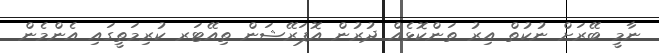
ނާމީ ބޭރަށް ނުކުތް އިރު ތަންކޮޅެއް ދުރުން އޮޕަރޭޝަން ތިއޭޓަރ ކުރިމަތީގައި އެންމެން